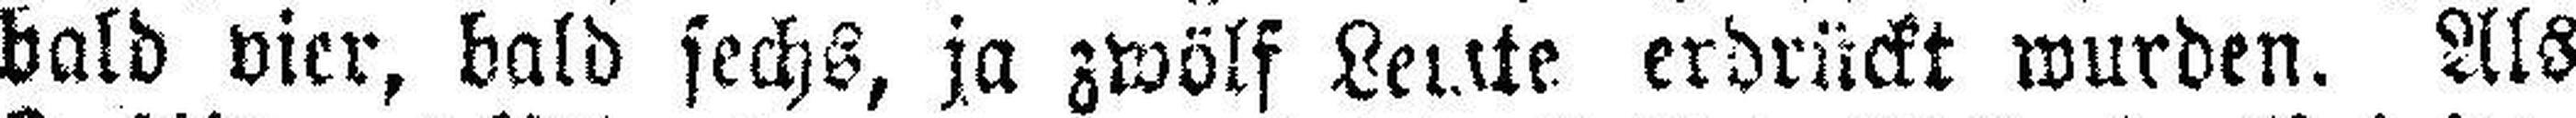
bald vier, bald sechs, ja zwölf Leute erdrückt wurden. Als